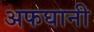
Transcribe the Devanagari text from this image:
अफघानी